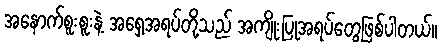
အနောက်စူးစူးနဲ့ အရှေ့အရပ်တို့သည် အကျိုးပြုအရပ်တွေဖြစ်ပါတယ်။